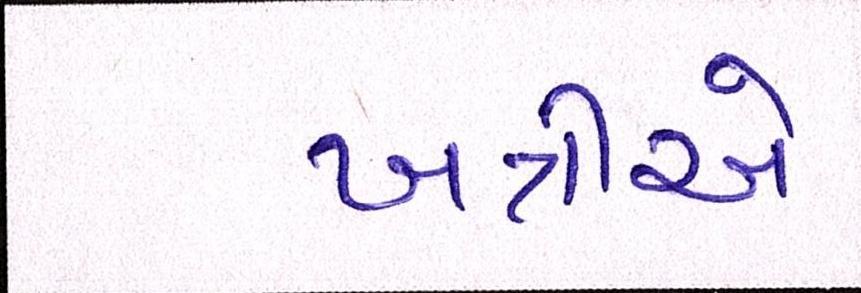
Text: ખત્રીએ